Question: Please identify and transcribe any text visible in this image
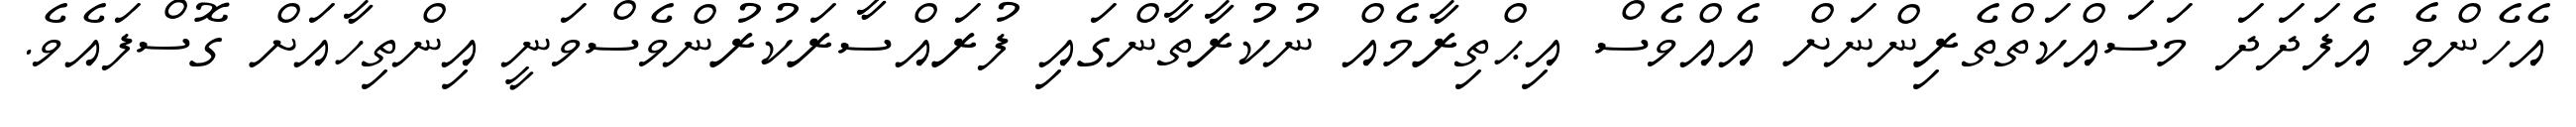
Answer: އެހެންވެ އެފަދަދަ މަސައްކަތްތެރިންނަށް އެއްވެސް އިޙްތިރާމެއް ނުކުރާތާންގައި ފުރައްސާރަކުރުންވެސްވަނީ އިންތިހާއަށް ގޮސްފައެވެ.